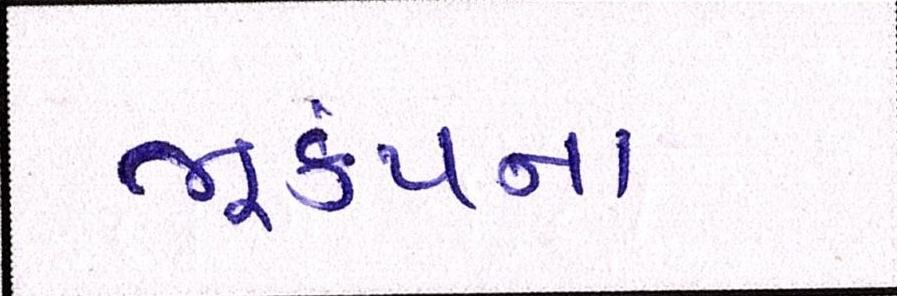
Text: ભૂકંપના